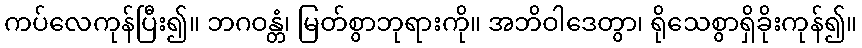
ကပ်လေကုန်ပြီး၍။ ဘဂဝန္တံ၊ မြတ်စွာဘုရားကို။ အဘိဝါဒေတွာ၊ ရိုသေစွာရှိခိုးကုန်၍။